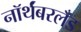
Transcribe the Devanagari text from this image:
नॉर्थंबरलँड